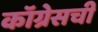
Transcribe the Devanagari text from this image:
कॉग्रेसची